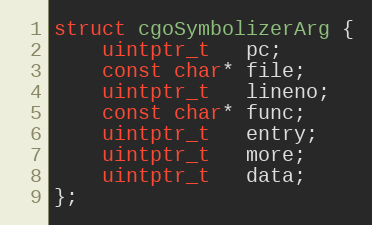
Language: C
struct cgoSymbolizerArg {
	uintptr_t   pc;
	const char* file;
	uintptr_t   lineno;
	const char* func;
	uintptr_t   entry;
	uintptr_t   more;
	uintptr_t   data;
};